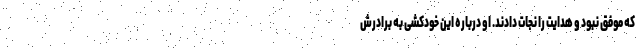
که موفق نبود و هدایت را نجات دادند. او درباره این خودکشی به برادرش